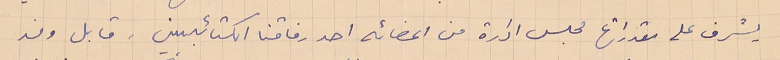
يشرف على مقدراتها مجلس ادارة من اعضائه احد رفاقنا الكتائبيين. قابل وفد